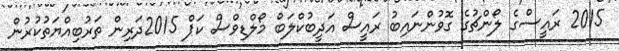
2015 ރައީސްގެ ލޯންޗުގެ ގޮވުންނައިބު ރައީސް އަދީބުކްލަބް މޯލްޑިވްސް ކަޕް 2015ދަރިން ތަރުބިއްޔަތުކުރުން